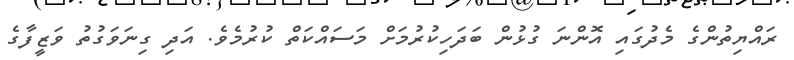
ރައްޔިތުންގެ މެދުގައި އޮންނަ ގުޅުން ބަދަހިކުރުމަށް މަސައްކަތް ކުރުމެވެ. އަދި ގިނަވަގުތު ވަޒީފާގެ